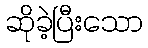
ဆိုခဲ့ပြီးသော